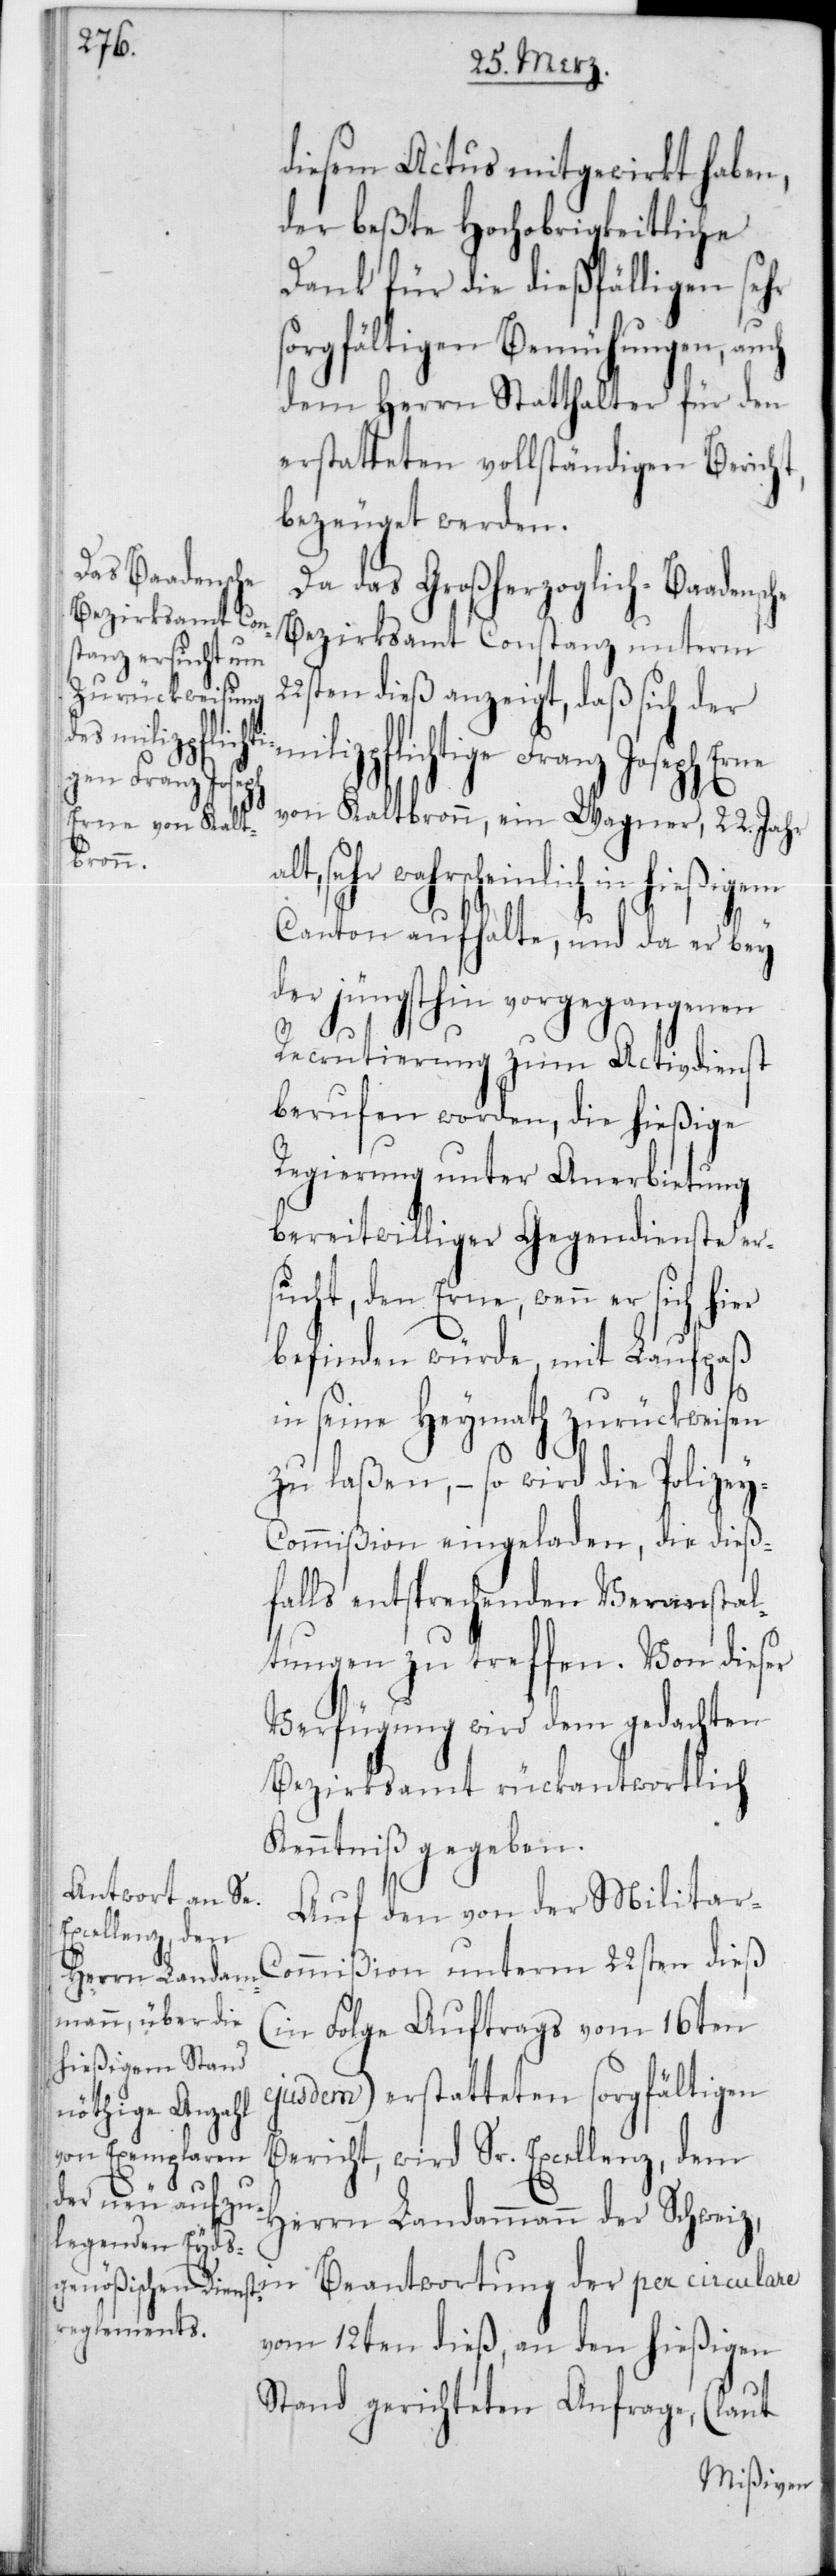
22s¬
diesem Actus mitgewirkt haben,
der beßte Hochobrigkeitliche
Dank für die dießfälligen sehr
sorgfältigen Bemühungen,
dem Herrn Statthalter für den
erstatteten vollständigen Bericht,
bezeuget werden.
Da das Großherzoglich-Ba¬
Bezirksamt Konstanz unterm
ten dieß anzeigt, daß sich der
milizpflichtige Franz Joseph Erne
von Kaltbronn, ein Wagner, 22 Jahr
ommißion unterm 22sten
Canton aufhalte, und da er bey
der jüngsthin vorgegangenen
Recrutierung zum Activdienst
berufen worden, die hießige
Regierung unter Anerbietung
bereitwilliger Gegendienste ers¬
ucht, den Erne, wenn er sich
befinden würde, mit Laufpaß
in seine Heymath zurückweisen
zu laßen, – so wird die Polizey-C¬
ommißion eingeladen, die dieß¬
falls entsprechenden Veranstal¬
tungen zu treffen. Von dieser
Verfügung wird dem gedachten
Bezirksamt rückantwortlich
Kenntniß gegeben.
Auf den von der Militar-C¬
(in Folge Auftrags vom 16ten
ejusdem) erstatteten sorgfältigen
alt, sehr wah¬
Bericht, wird Sr. Excellenz, dem
in Beantwortung der per circulare
vom 12ten dieß, an den hießigen
Stand gerichteten Anfrage, (laut